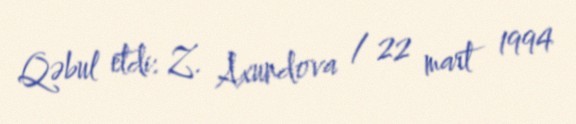
Qəbul etdi: Z. Axundova / 22 mart 1994